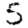
Digit: 5